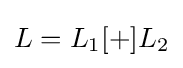
L=L_{1}[+]L_{2}